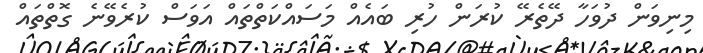
މިނިވަން ދުވަހާ ދޭތެރޭ ކުރަން ހުރި ބައެއް މަސައްކަތްތައް އަވަސް ކުރެވޭނެ ގޮތްތައް